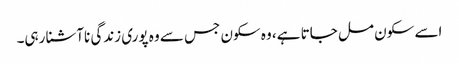
اسے سکون مل جاتا ہے، وہ سکون جس سے وہ پوری زندگی ناآشنا رہی۔